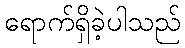
ရောက်ရှိခဲ့ပါသည်